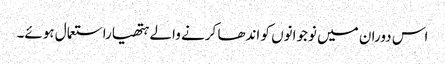
اس دوران میں نوجوانوں کو اندھا کرنے والے ہتھیاراستعمال ہوئے۔